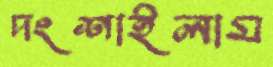
দংশাইলাম